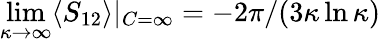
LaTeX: \operatorname*{lim}_{\kappa\to\infty}\langle S_{12}\rangle|_{C=\infty}=-2\pi/(3\kappa\ln\kappa)